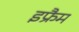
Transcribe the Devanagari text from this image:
इफ्रैम